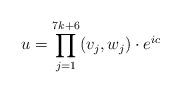
LaTeX: \begin{align*}u=\prod_{j=1}^{7k+6}(v_j,w_j)\cdot e^{ic}\end{align*}